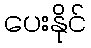
ပေးနိုင်